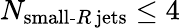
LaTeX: N_{\textrm{small-}R\, \textrm{jets}}\leq 4